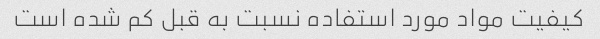
کیفیت مواد مورد استفاده نسبت به قبل کم شده است